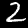
Label: 2